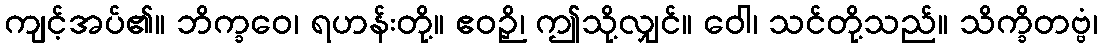
ကျင့်အပ်၏။ ဘိက္ခဝေ၊ ရဟန်းတို့။ ဧဝဉှိ၊ ဤသို့လျှင်။ ဝေါ၊ သင်တို့သည်။ သိက္ခိတဗ္ဗံ၊